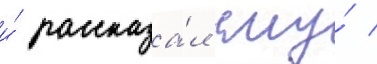
и́ рассказа́л ему́ /